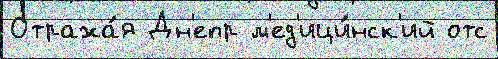
Отража́я Дн'епр м'ед'ици́нск'ий отс